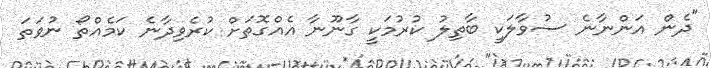
"ދެން އަންނާނެ ސުވާލަކީ ބާތިލު ކުރުމަކީ ގާނޫނާ އެއްގޮތަށް ކުރެވިދާނެ ކަމެއްތޯ ނުވަތަ